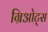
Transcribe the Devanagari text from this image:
ग्रिओट्स